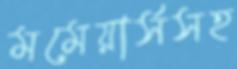
মমেয়ার্সসহ